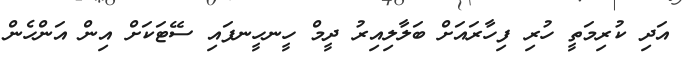
އަދި ކުރިމަތީ ހުރި ފިހާރައަށް ބަލާލިއިރު ދީމް ހީނހީނފައި ސޭޓަކަށް އިން އަންހެން